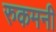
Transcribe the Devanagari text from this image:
रुकमनी